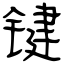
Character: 键